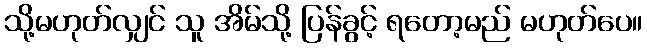
သို့မဟုတ်လျှင် သူ အိမ်သို့ ပြန်ခွင့် ရတော့မည် မဟုတ်ပေ။